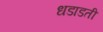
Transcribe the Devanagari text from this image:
धडाडती